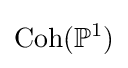
\operatorname {Coh} (\mathbb {P} ^{1})